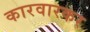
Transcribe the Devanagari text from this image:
कारवारकर